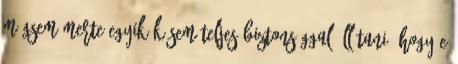
mégsem merte egyikük sem teljes biztonsággal állítani, hogy e